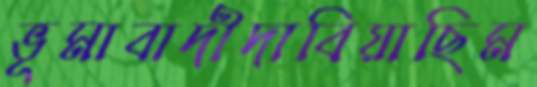
ভূমাবাদীদাবিয়াছিম